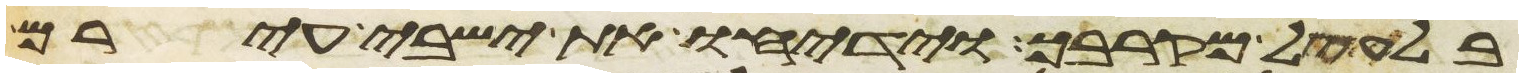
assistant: בלעקל מקרבך וידיחו את ישבי עירם